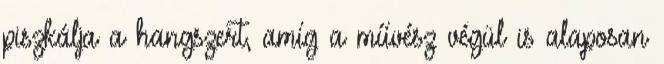
piszkálja a hangszert, amíg a művész végül is alaposan